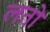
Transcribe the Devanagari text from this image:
लतो